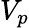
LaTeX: V_{p}